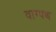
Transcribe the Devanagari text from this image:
वाग्पथ